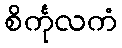
စိင်္ကုလကံ